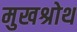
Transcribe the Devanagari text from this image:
मुखश्रोथ